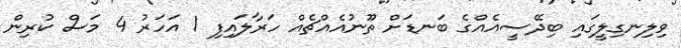
ވިލިނގިލީގައި ބިދޭސީއެއްގެ ބަނޑަށް ތޫނުއެއްޗެއް ހަރާލައިފި 1 އަހަރު 4 މަސް ކުރިން